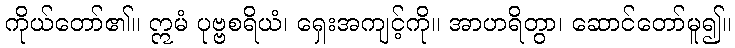
ကိုယ်တော်၏။ ဣမံ ပုဗ္ဗစရိယံ၊ ရှေးအကျင့်ကို။ အာဟရိတွာ၊ ဆောင်တော်မူ၍။